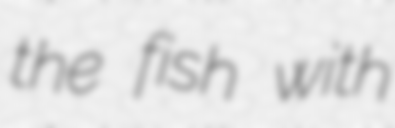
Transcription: the fish with